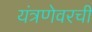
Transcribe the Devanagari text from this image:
यंत्रणेवरची